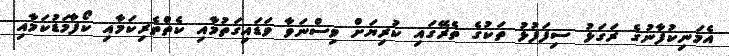
އެމަނިކުފާނުގެ ރަގަޅު ސިފަފުޅު ތަކުގެ ތެރޭގައި ކުރިޔަށް ވިސްނަވާ ވަޑައިގަތުމާއި ކެތްތެރިކަމާއި ކޯފާމަޑުކަމާއި